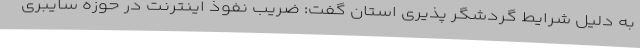
به دلیل شرایط گردشگر پذیری استان گفت: ضریب نفوذ اینترنت در حوزه سایبری